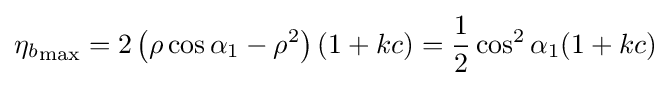
{\eta _{b}}_{\text{max}}=2\left(\rho \cos \alpha _{1}-\rho ^{2}\right)(1+kc)={\frac {1}{2}}\cos ^{2}\alpha _{1}(1+kc)